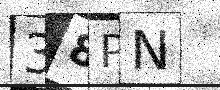
Text: 38PN